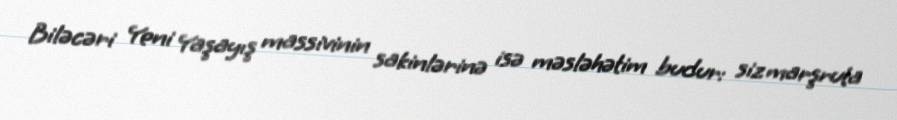
Biləcəri Yeni Yaşayış massivinin sakinlərinə isə məsləhətim budur: siz marşruta